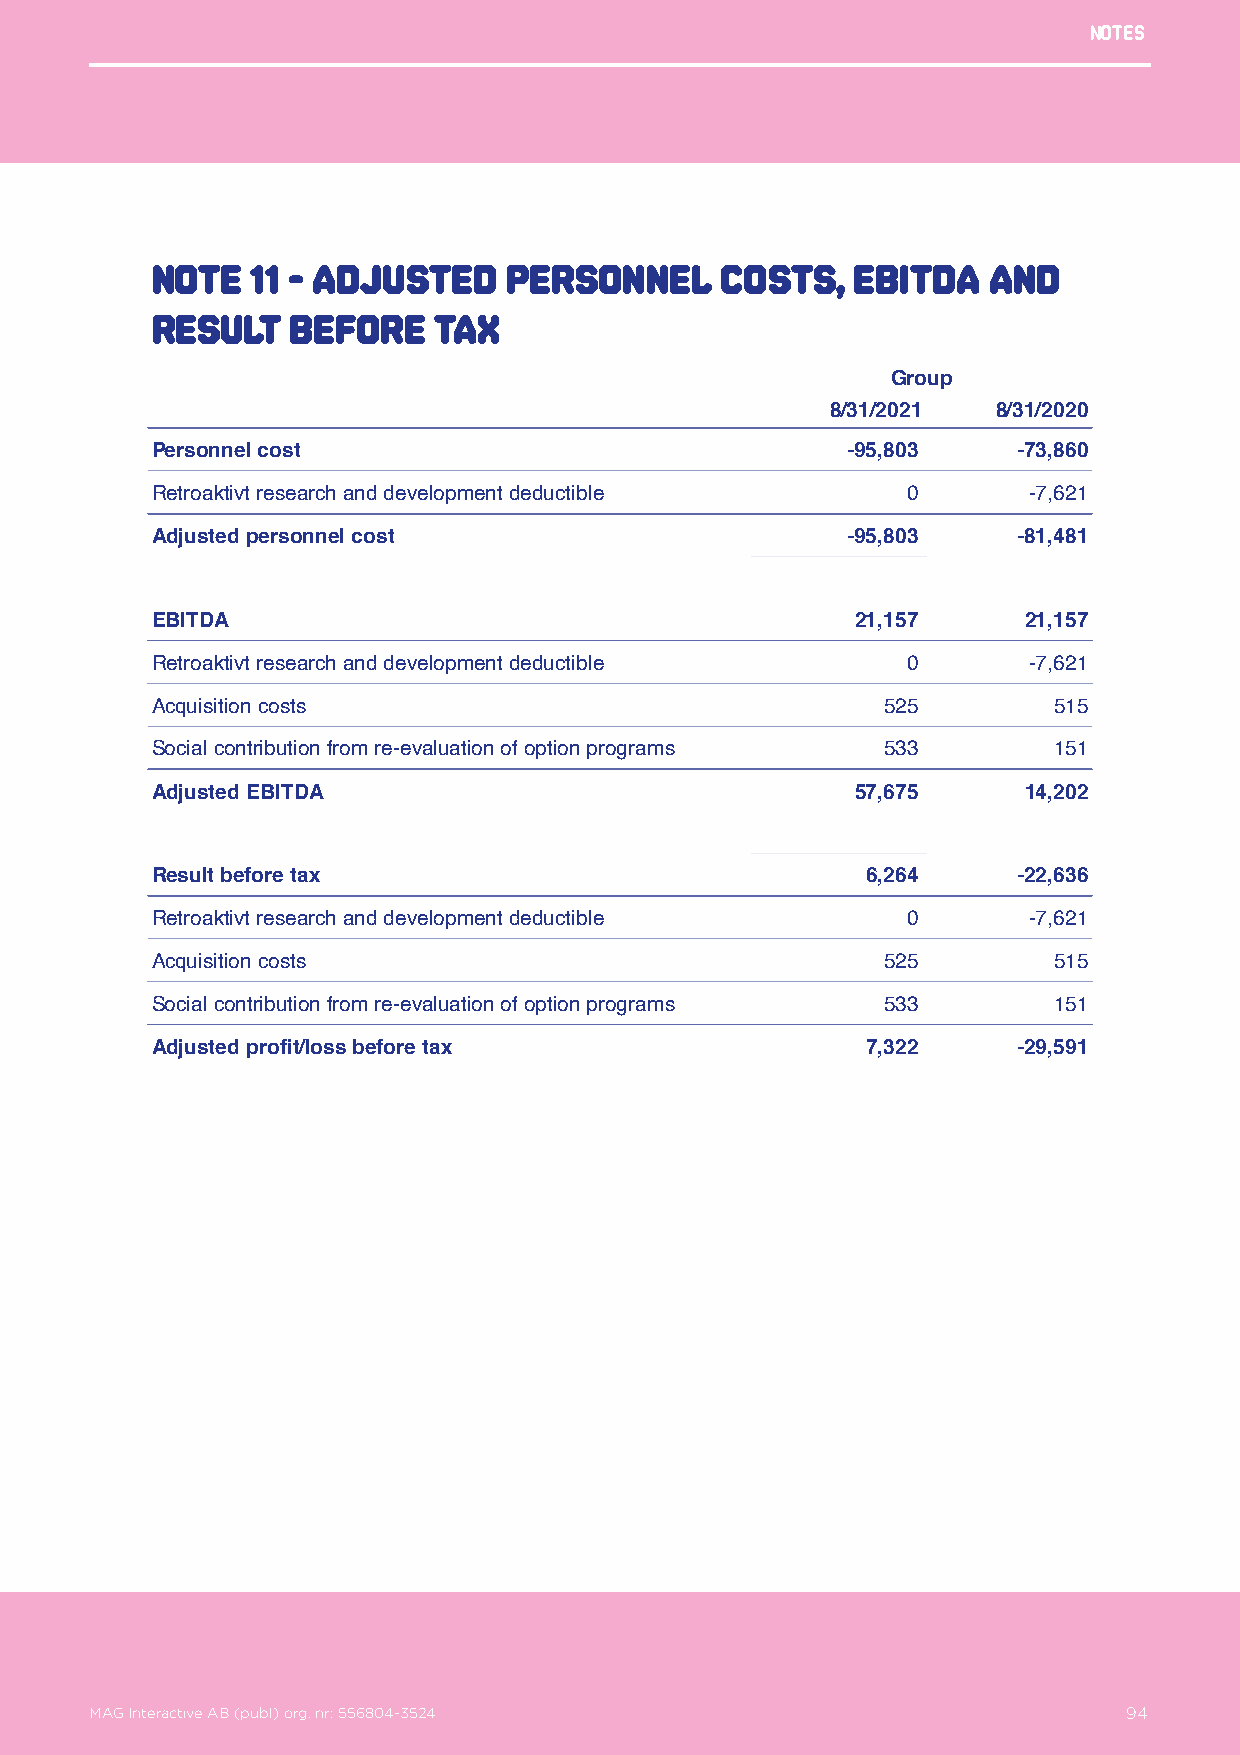
Notes
 Note   11 - Adjusted   Personnel      costs,  EBITDA   and
 result   before    tax
 Group
 8/31/2021  8/31/2020
 Personnel cost                                -95,803    -73,860
 Retroaktivt research and development deductible   0       -7,621
 Adjusted personnel cost                       -95,803    -81,481
 EBITDA                                         21,157     21,157
 Retroaktivt research and development deductible   0       -7,621
 Acquisition costs                               525         515
 Social contribution from re-evaluation of option programs 533 151
 Adjusted EBITDA                                57,675     14,202
 Result before tax                              6,264     -22,636
 Retroaktivt research and development deductible   0       -7,621
 Acquisition costs                               525         515
 Social contribution from re-evaluation of option programs 533 151
 Adjusted profit/loss before tax                7,322     -29,591
 MAG Interactive AB (publ) org. nr: 556804-3524                   94
 MAG Interactive AB (publ) org. nr: 556804-3524                       94